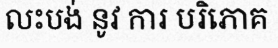
លះបង់ នូវ ការ បរិភោគ